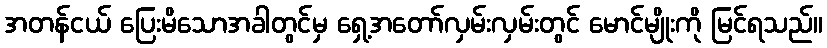
အတန်ငယ် ပြေးမိသောအခါတွင်မှ ရှေ့အတော်လှမ်းလှမ်းတွင် မောင်မျိုးကို မြင်ရသည်။